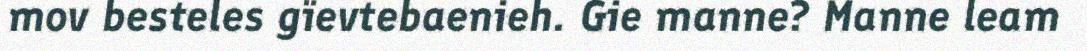
mov besteles gïevtebaenieh. Gie manne? Manne leam